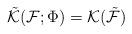
LaTeX: \begin{align*}\tilde{{\cal K}}({\cal F};\Phi )={\cal K}(\tilde{{\cal F}}) \end{align*}